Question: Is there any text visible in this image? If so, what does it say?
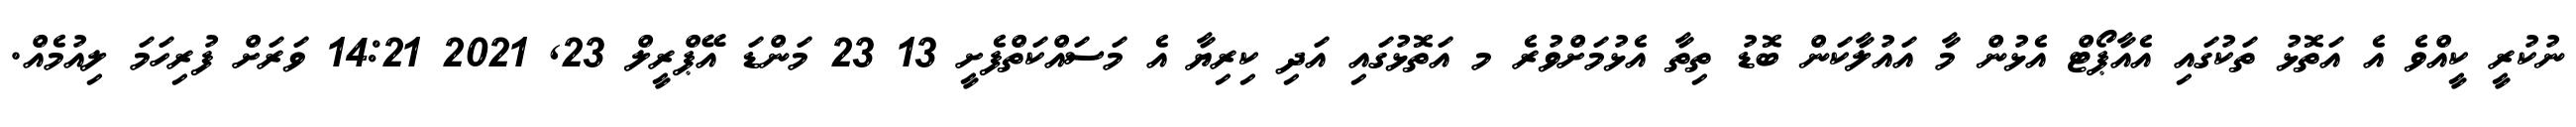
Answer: ނުކުރީ ކީއްވެ އެ އަތޮޅު ތަކުގައި އެއާޕޯޓް އެޅުން މާ އައުލާކަން ބޮޑު ތިތާ އެޅުމަށްވުރެ މ އަތޮޅުގައި އަދި ކިރިޔާ އެ މަސައްކަތްފެށީ 13 23 މަންޑަ އޭޕްރީލް 23, 2021 14:21 ވަރަށް ފުރިހަމަ ލިއުމެއް.